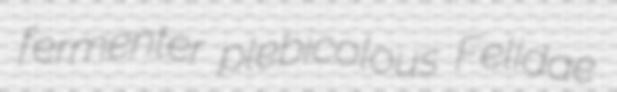
fermenter plebicolous Felidae